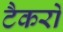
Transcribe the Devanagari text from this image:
टैकरों